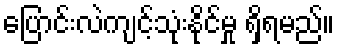
ပြောင်းလဲကျင့်သုံးနိုင်မှု ရှိရမည်။